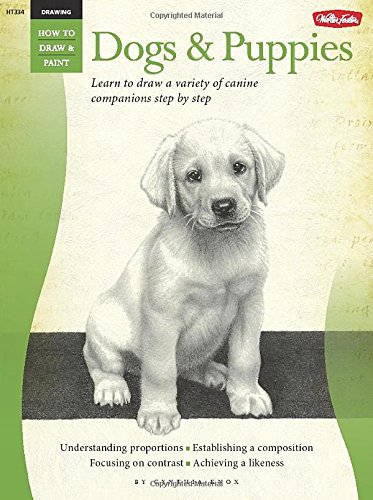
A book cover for Drawing: Dogs & Puppies: Learn to draw a variety of canine companions step by step (How to Draw & Paint); Cynthia Knox; Arts & Photography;